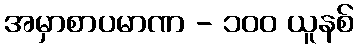
အမှာစာပမာဏ - ၁၀၀ ယူနစ်